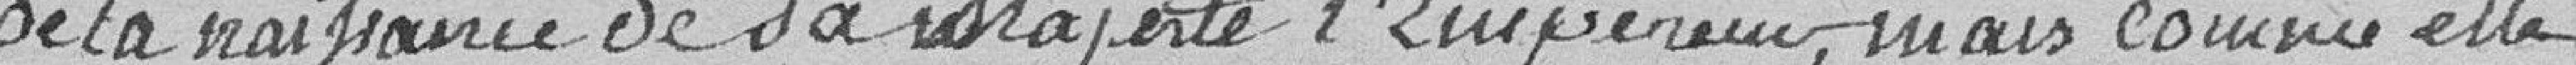
de la naissance de sa Majesté l'Empereur, mais comme elle